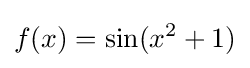
f(x)=\sin(x^{2}+1)